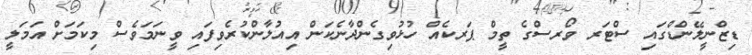
ޑިޒްނީލޭންޑްގައި ސްޓަރ ވޯރސްގެ ތީމް ޕަރކެއް ހުޅުވިގެންދާނެކަން އިއުލާންކުރެވިފައި ވީނަމަވެސް މިކަމަށް އަމަލީ